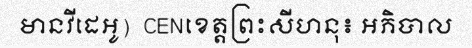
មានវីដេអូ)  CENខេត្តព្រះសីហនុ៖ អភិបាល